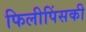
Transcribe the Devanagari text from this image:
फिलीपिंसकी